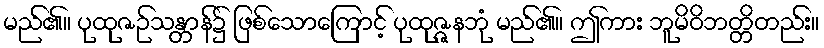
မည်၏။ ပုထုဇဉ်သန္တာန်၌ ဖြစ်သောကြောင့် ပုထုဇ္ဇနဘုံ မည်၏။ ဤကား ဘူမိဝိဘတ္တိတည်း။